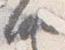
納